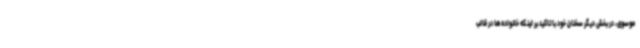
موسوی، در بخش دیگر سخنان خود با تاکید بر اینکه خانواده‌ها در قالب